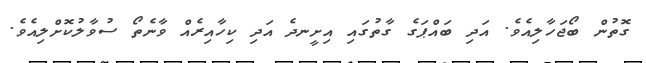
ގޮތުން ބޯޖަހާލިއެވެ. އަދި ބައްޕަގެ ގާތުގައި އިށީނދެ އަދި ކިހާއިރެއް ވާނެތޯ ސުވާލުކޮށްލިއެވެ.